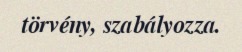
törvény, szabályozza.